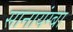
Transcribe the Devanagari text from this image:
सानायंग्बा